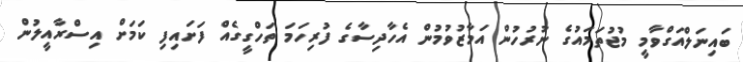
ބައިނަލްއަގްވާމީ މުޖުތަމައުގެ ނުރުހުން އަމާޒުވުމުން އެހާދިސާގެ ފުރިހަމަ ތަހްގީގެއް ފަށައިފި ކަމަށް އިސްރާއީލުން